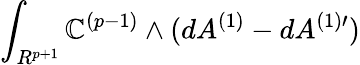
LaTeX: \int_{R^{p+1}}\mathbb{C}^{(p-1)}\wedge(dA^{(1)}-dA^{(1)\prime})